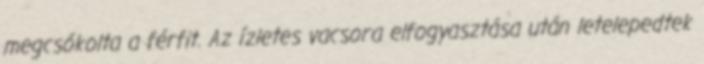
megcsókolta a férfit. Az ízletes vacsora elfogyasztása után letelepedtek